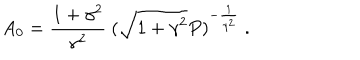
A _ { 0 } = \frac { 1 + \gamma ^ { 2 } } { \gamma ^ { 2 } } \ ( \sqrt { 1 + \gamma ^ { 2 } } P ) ^ { - \frac { 1 } { \gamma ^ { 2 } } } \ .